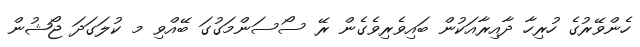
ހެންވޭރުގެ ހުރިހާ ދާއިރާއަކުން ބައިވެރިވެގެން ރޭ ސޯސަންމަގުގަ ބޭއްވި މ ކުލަގަދަ ޖޯޝުން